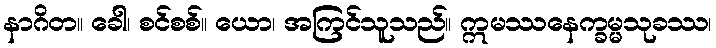
နာဂိတ။ ခေါ၊ စင်စစ်။ ယော၊ အကြင်သူသည်။ ဣမဿနေက္ခမ္မသုခဿ၊